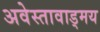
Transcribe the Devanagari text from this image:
अवेस्तावाड्मय